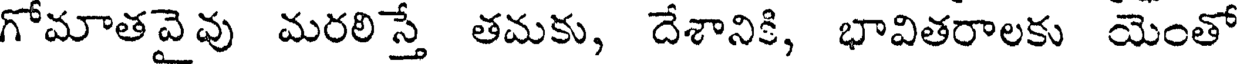
గోమాతవైవు మరలిస్తే తమకు, దేశానికి, భావితరాలకు యెంతో